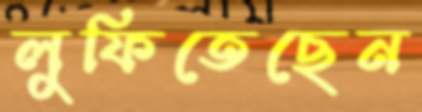
লুফিতেছেন